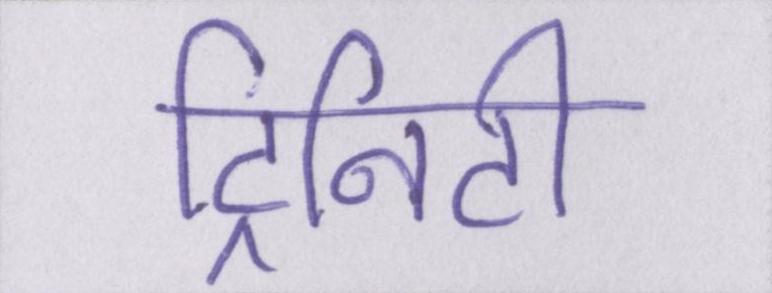
ट्रिनिटी